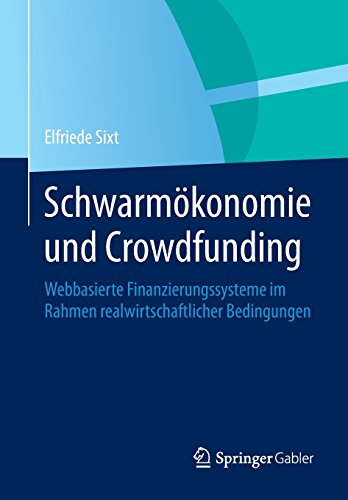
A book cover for SchwarmÃ¶konomie und Crowdfunding: Webbasierte Finanzierungssysteme im Rahmen realwirtschaftlicher Bedingungen (German Edition); Elfriede Sixt; Business & Money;